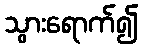
သွားရောက်၍